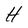
Character: H